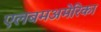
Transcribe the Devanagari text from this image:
एलबमअमेरिका